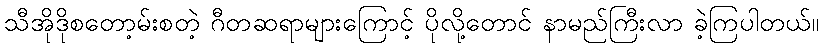
သီအိုဒိုစတော့မ်းစတဲ့ ဂီတဆရာများကြောင့် ပိုလို့တောင် နာမည်ကြီးလာ ခဲ့ကြပါတယ်။